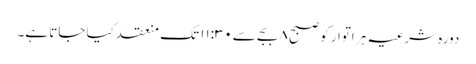
دورہ شرعیہ ہر اتوار کو صبح ۸ بجے سے۱۱:۳۰ تک منعقد کیا جاتا ہے۔